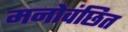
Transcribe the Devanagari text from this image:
मनोवंछित